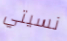
نسيتي